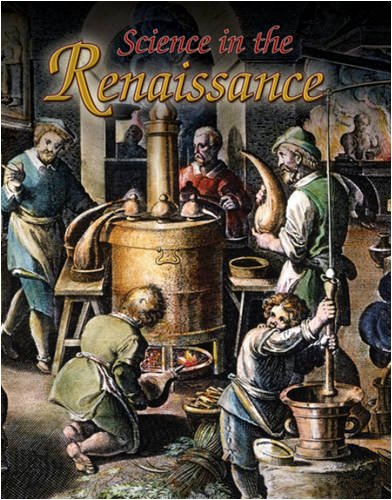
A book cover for Science in the Renaissance (Renaissance World); Lisa Mullins; Children's Books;